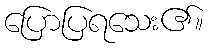
ပြောပြရသေး၏။